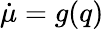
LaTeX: \dot{\mu}=g(q)